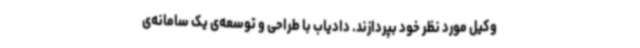
وکیل مورد نظر خود بپردازند. دادیاب با طراحی و توسعه‌ی یک سامانه‌ی